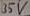
Text: 35V